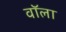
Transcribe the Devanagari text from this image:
वॉला